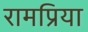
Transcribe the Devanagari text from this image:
रामप्रिया